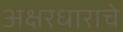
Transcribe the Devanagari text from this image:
अक्षरधाराचे